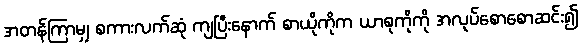
အတန်ကြာမျှ စကားလက်ဆုံ ကျပြီးနောက် စာယိုကိုက ယာစုကိုကို အလုပ်စောစောဆင်း၍